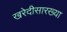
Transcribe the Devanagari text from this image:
खरेदीसारख्या